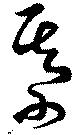
某